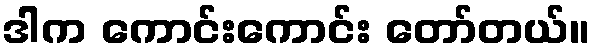
ဒါက ကောင်းကောင်း တော်တယ်။